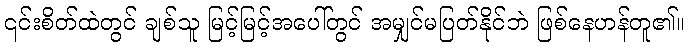
၎င်းစိတ်ထဲတွင် ချစ်သူ မြင့်မြင့်အပေါ်တွင် အမျှင်မပြတ်နိုင်ဘဲ ဖြစ်နေဟန်တူ၏။